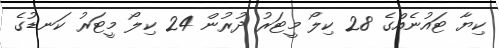
ކިޔާ ޓައުނެއްގެ 28 ކިލޯ މީޓަރު ދުރުން 24 ކިލޯ މީޓަރު ކަނޑުގެ